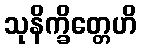
သုနိက္ခိတ္တေဟိ